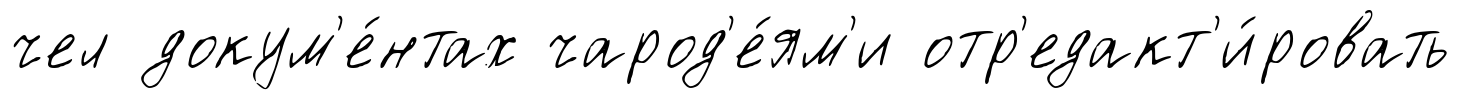
чел докум'е́нтах чарод'е́ям'и отр'едакт'и́ровать